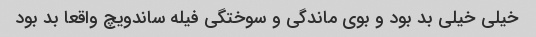
خیلی خیلی بد بود و بوی ماندگی و سوختگی فیله ساندویچ واقعا بد بود